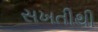
સખતીથી